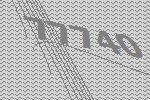
77740